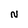
Character: N